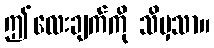
ဤလေးချက်ကို သိမှသာ။